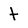
Character: t